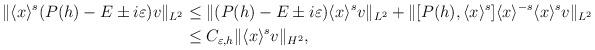
LaTeX: \begin{align*} \|\langle x \rangle^{s}(P(h)-E \pm i \varepsilon)v\|_{L^2} &\le \|(P(h)-E \pm i \varepsilon)\langle x \rangle^{s} v \|_{L^2} + \|[P(h),\langle x \rangle^{s}]\langle x \rangle^{-s}\langle x \rangle^{s}v \|_{L^2}\\& \le C_{\varepsilon, h} \| \langle x \rangle^{s}v \|_{H^2}, \end{align*}